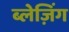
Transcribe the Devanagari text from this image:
ब्लेज़िंग